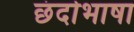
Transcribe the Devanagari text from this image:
छंदोभाषा